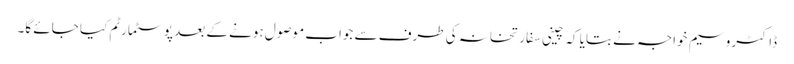
ڈاکٹروسیم خواجہ نے بتایا کہ چینی سفارتخانہ کی طرف سے جواب موصول ہونے کے بعد پوسٹمارٹم کیا جائے گا۔